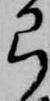
弓